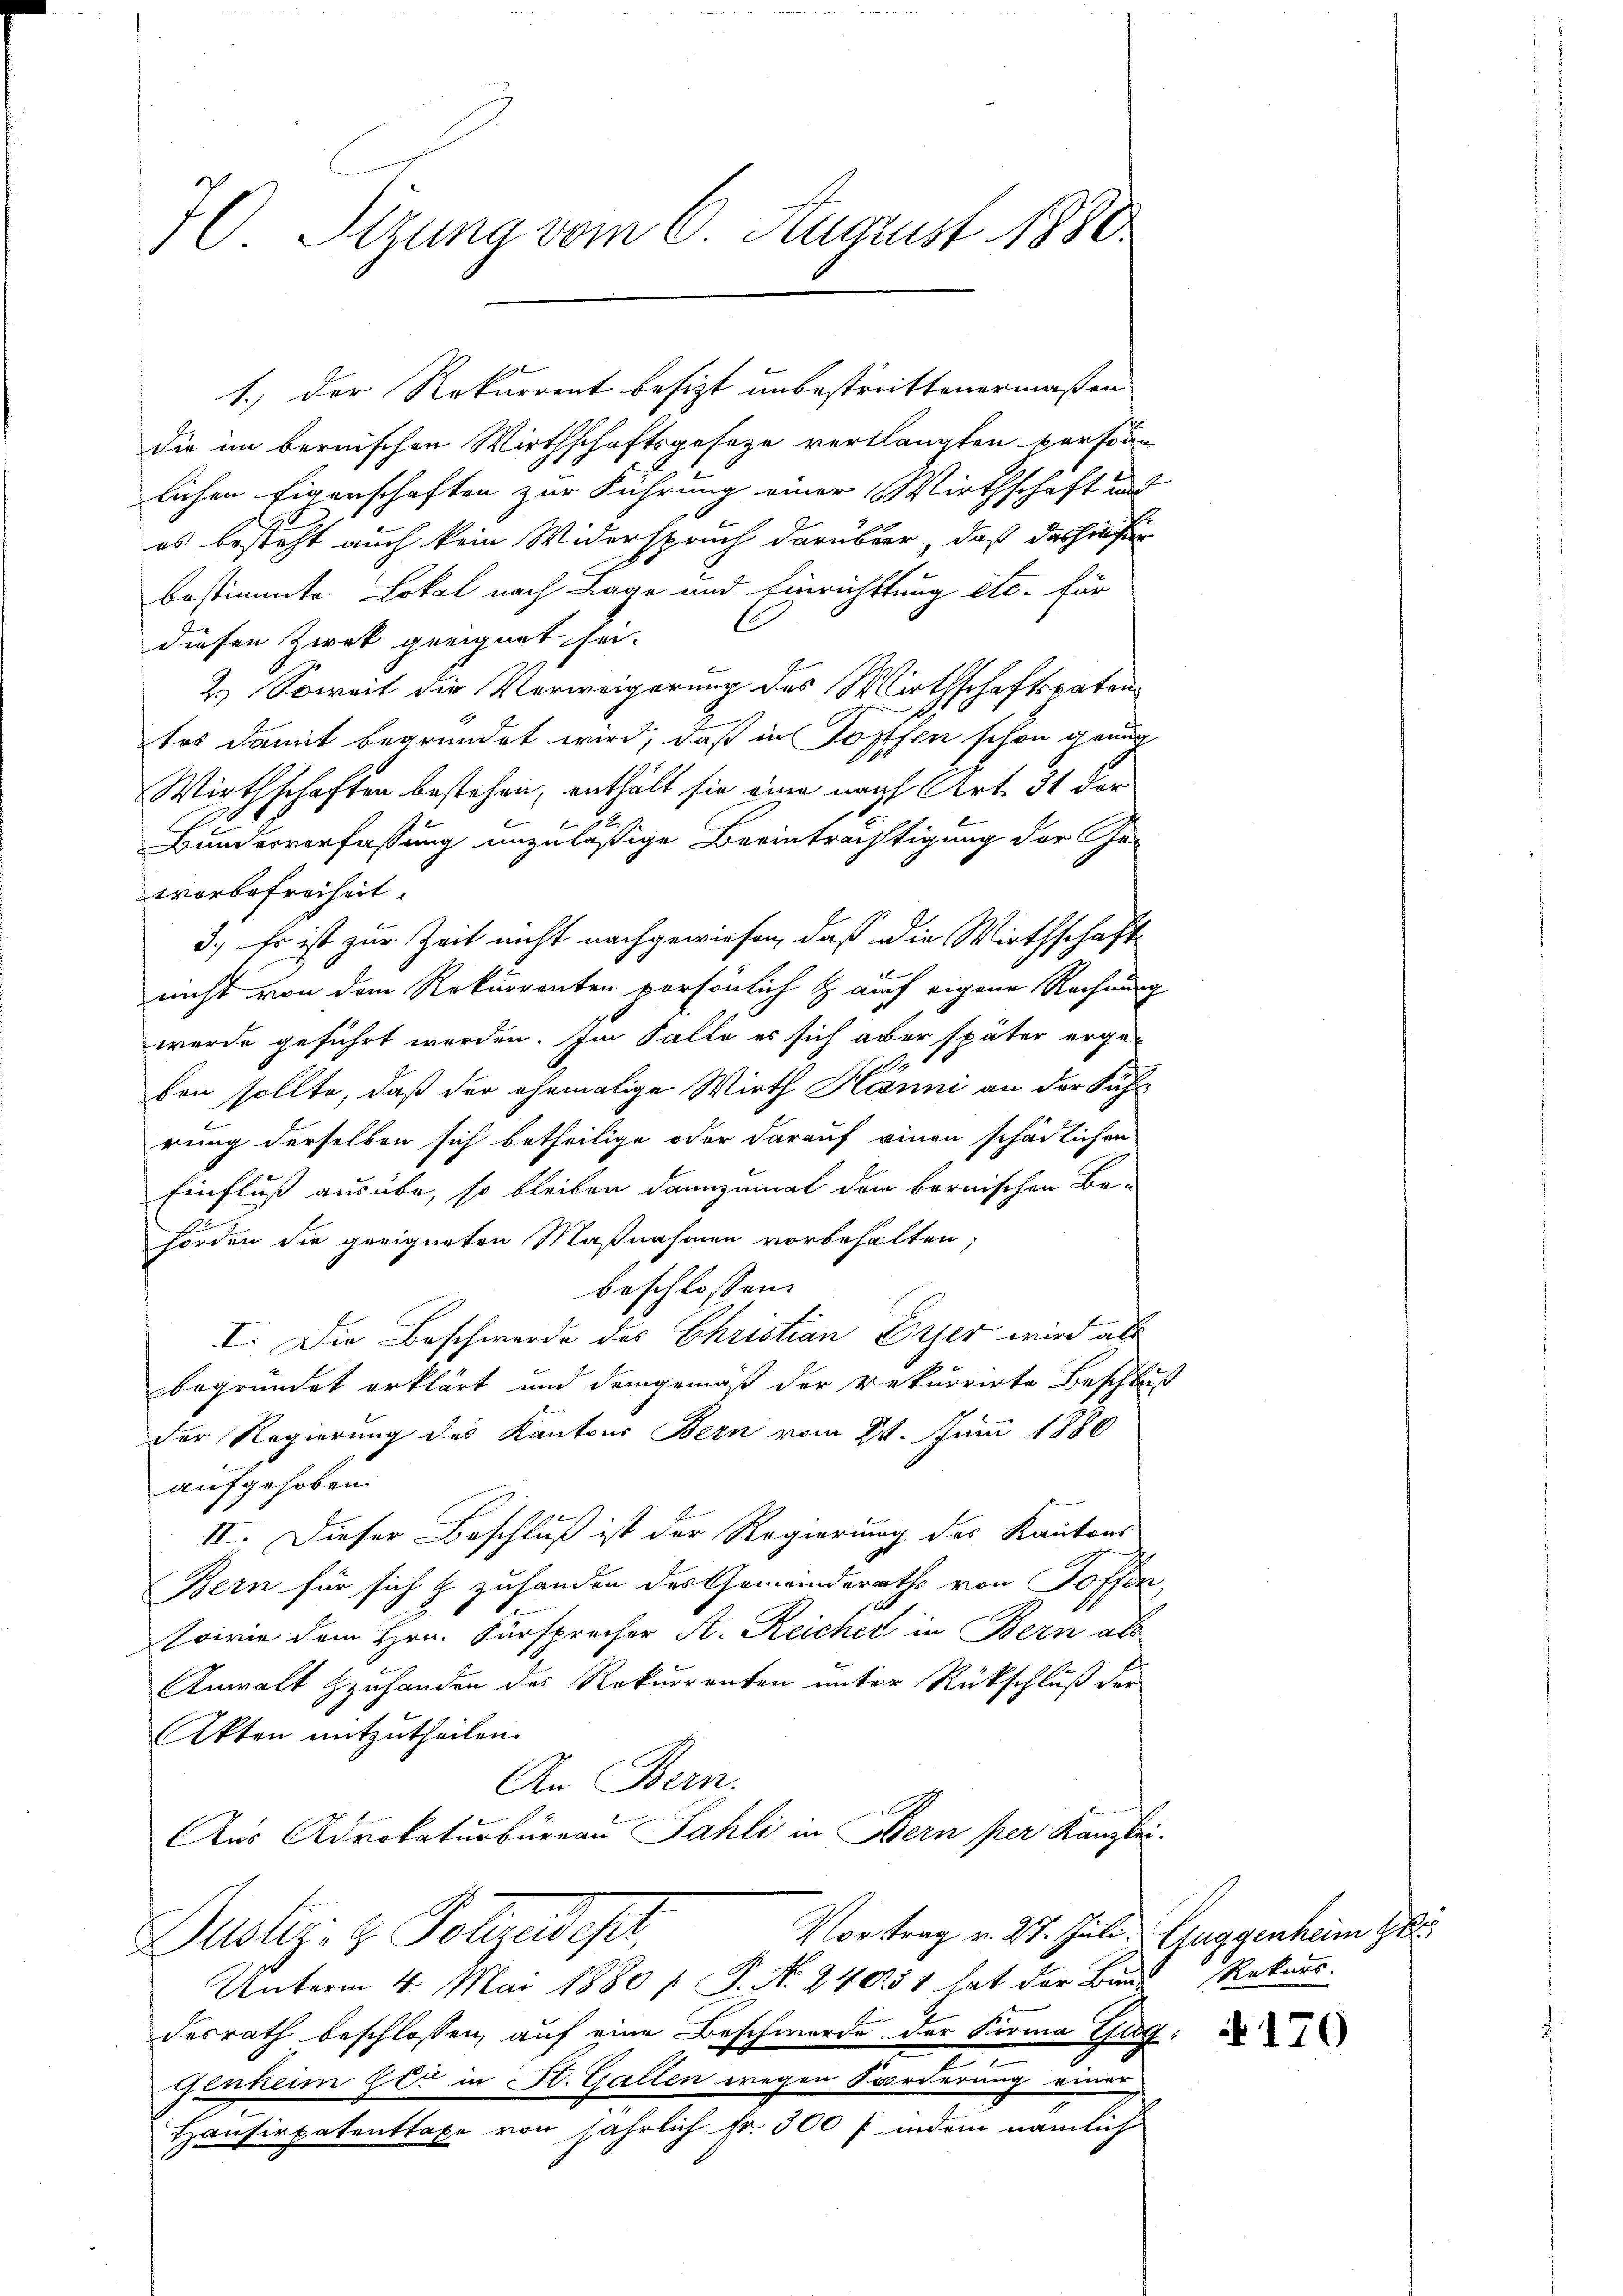
C. Sizung vom 6. August 1880

9
1.) Der Rekurrent besizt unbestrittenermaßen
die im bernischen Wirthschaftsgesetze verlangten versonn
lichen Eigenschaften zur Führung einer Wirthschaft und
es besteht auch kein Widerspruch darüber, daß das hiesin
bestimmte Lokal nach Lage und Einrichtung etc. für
diesen Zwek geeignet sei.
2.) Soweit die Verweigerung des Wirthschaftspatentes damit begründet wird, daß in Topfen schon genug
Wirthschaften bestehen, enthält sie eine nach Art. 31 der
Bundesverfassung unzuläßige Beeinträchtigung der Ge-
worbefreiheit.
3.) Es ist zur Zeit nicht nachgewiesen, daß die Wirthschaft
nicht von dem Rekurrenten persönlich & auch eigene Rechnung
wurde geführt werden. Im Falle es sich aber später erge-
ben sollte, daß der ehemalige Wirth Hänni an der Sihl
rung derselben sich betheilige oder darauf einen schädlichen
Einfluß ausübe, so bleiben dannzumal dem bernischen Be-
horden die geeigneten Maßnahmen vorbehalten,
beschlossen:
I. Die Beschwerde des Christian Erzer wird als
begründet erklärt und demgemäß der rekurrirte Beschluß
der Regierung des Kantons Bern vom 21. Juni 1880
aufgehoben.
II. Dieser Beschluß ist der Regierung des Kantons
Bern für sich & zuhanden das Gemeinderath von Toffen,
g
sowie dem Hrn. Fürsprecher A. Reicher in Bern als
Anwalt Hzuhanden des Rekurrenten unter Rückschluß der
AAkten mitzutheilen.
An Bern.
Aus Advokaturbureau Sahli in Bern per Kanzlei.
Vortrag v. 27. Juli. Guggenheim Ge
Bustiz- & Polizeidest
Unterm 4. Mai 1880 / P. N. 240. 51 hat der Bund Rekurs.
desrath beschlossen, auf eine Beschwerde der Firma Gug
.
genheim er in St. Gallen wegen Forderung einer
Hausirpatenttaxe von jährlich Fr. 300 f: indem nämlich

170